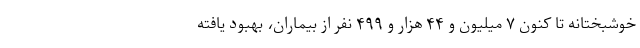
خوشبختانه تا کنون ۷ میلیون و ۴۴ هزار و ۴۹۹ نفر از بیماران، بهبود یافته